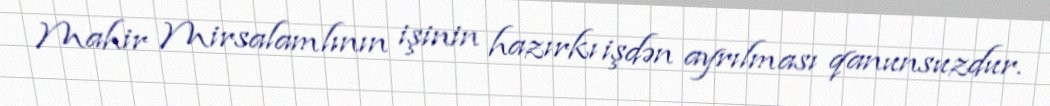
Mahir Mirsalamlının işinin hazırkı işdən ayrılması qanunsuzdur.